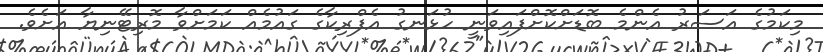
މިކަމުގެ އަސަރު އެންމެ ބޮޑަށްކޮށްފައިވަނީ ހުޅަނގު އެފްރިކާގެ ގައުމެއް ކަމަށްވާ މޮރިޓޭނިޔާ އަށެވެ.